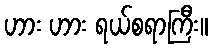
ဟား ဟား ရယ်စရာကြီး။